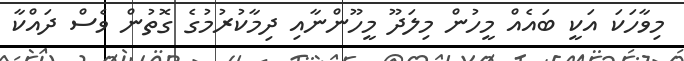
މިވާހަކަ އަކީ ބައެއް މީހުން މިލަދޫ މީހޫންނާއި ދިމާކުރުމުގެ ގޮތުން ވެސް ދައްކާ